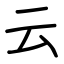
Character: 云